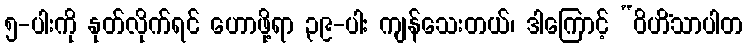
၅-ပါးကို နုတ်လိုက်ရင် ဟောဖို့ရာ ၃၉-ပါး ကျန်သေးတယ်၊ ဒါကြောင့် “ဝိဟိံသာပါတ